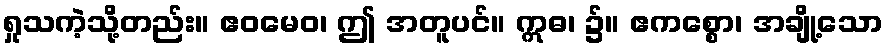
ရှုသကဲ့သို့တည်း။ ဧဝမေဝ၊ ဤ အတူပင်။ ဣဓ၊ ၌။ ဧကစ္စော၊ အချို့သော